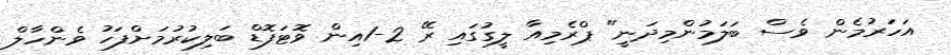
އަހަރުމެން ވެސް ބަލަމުންމިދަނީ" ޕްރެމިއާ ލީގުގައި ރޭ 2-1އިން ވޮޓަފޮޑް ބަލިކުރުމަށްފަހު ވެންހާލް